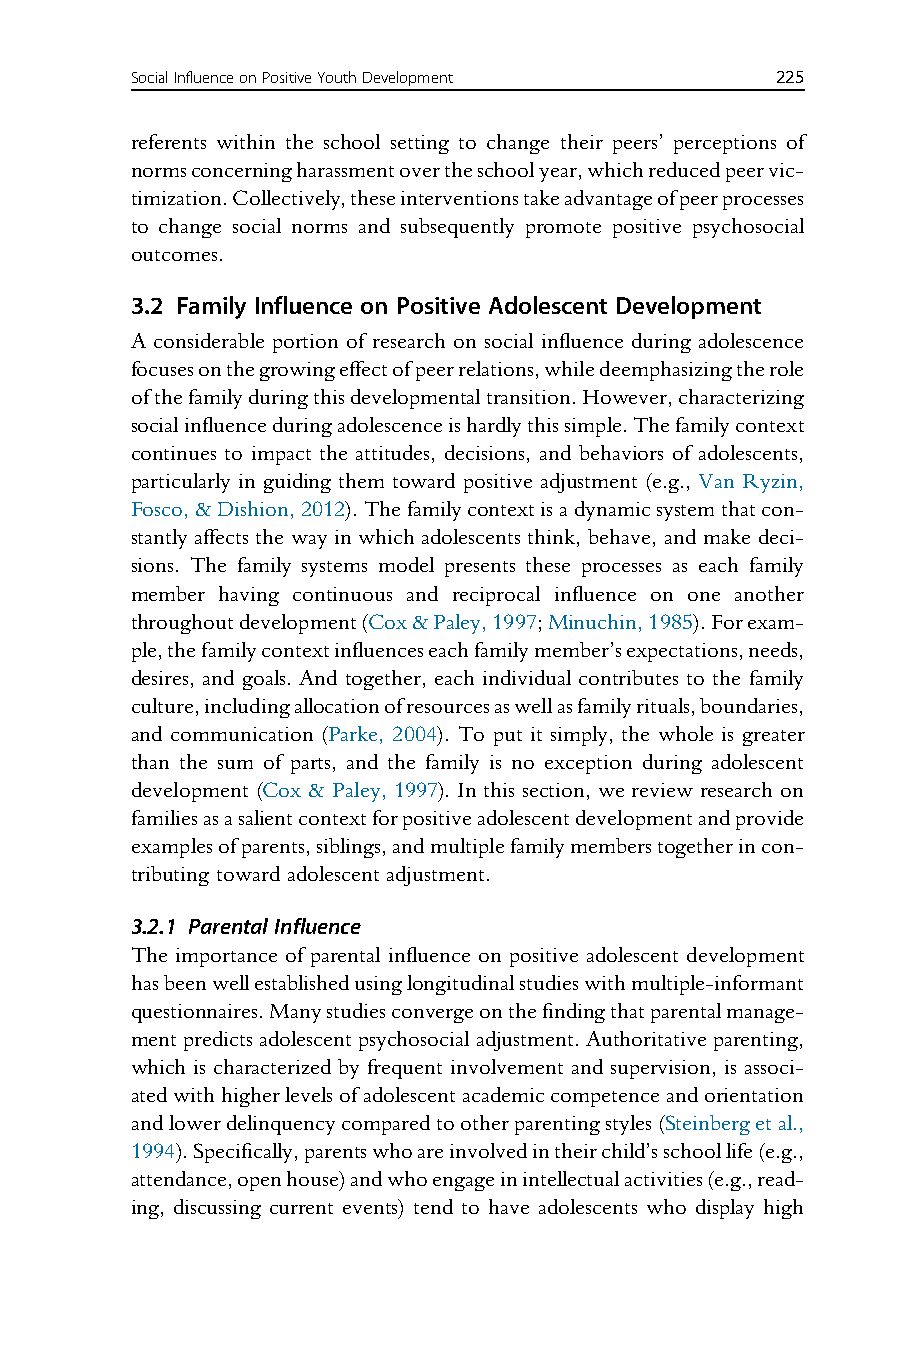
SocialInfluenceonPositiveYouthDevelopment 225
 referents within the school setting to change their peers’ perceptions of
 normsconcerningharassmentovertheschoolyear,whichreducedpeervic-
 timization.Collectively,theseinterventionstakeadvantageofpeerprocesses
 to change social norms and subsequently promote positive psychosocial
 outcomes.
 3.2 Family Influence on Positive Adolescent Development
 A considerable portion of research on social influence during adolescence
 focusesonthegrowingeffectofpeerrelations,whiledeemphasizingtherole
 ofthefamilyduringthisdevelopmentaltransition.However,characterizing
 socialinfluenceduringadolescenceishardlythissimple.Thefamilycontext
 continues to impact the attitudes, decisions, and behaviors of adolescents,
 particularly in guiding them toward positive adjustment (e.g., Van Ryzin,
 Fosco,&Dishion,2012).Thefamilycontextisadynamicsystemthatcon-
 stantly affects the way in which adolescents think, behave, and make deci-
 sions. The family systems model presents these processes as each family
 member having continuous and reciprocal influence on one another
 throughoutdevelopment(Cox&Paley,1997;Minuchin,1985).Forexam-
 ple,thefamilycontextinfluenceseachfamilymember’sexpectations,needs,
 desires, and goals. And together, each individual contributes to the family
 culture,includingallocationofresourcesaswellasfamilyrituals,boundaries,
 and communication (Parke, 2004). To put it simply, the whole is greater
 than the sum of parts, and the family is no exception during adolescent
 development (Cox & Paley, 1997). In this section, we review research on
 familiesasasalientcontextforpositiveadolescentdevelopmentandprovide
 examplesofparents,siblings,andmultiplefamilymemberstogetherincon-
 tributing toward adolescent adjustment.
 3.2.1 Parental Influence
 The importance of parental influence on positive adolescent development
 hasbeenwellestablishedusinglongitudinalstudieswithmultiple-informant
 questionnaires.Manystudiesconvergeonthefindingthatparentalmanage-
 mentpredictsadolescentpsychosocialadjustment.Authoritativeparenting,
 which is characterized by frequent involvement and supervision, is associ-
 atedwithhigherlevelsofadolescentacademiccompetenceandorientation
 andlowerdelinquencycomparedtootherparentingstyles(Steinbergetal.,
 1994).Specifically,parentswhoareinvolvedintheirchild’sschoollife(e.g.,
 attendance,openhouse)andwhoengageinintellectualactivities(e.g.,read-
 ing, discussing current events) tend to have adolescents who display high